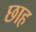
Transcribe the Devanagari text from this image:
छाह